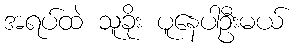
အရပ်ထဲ သူခိုး ပူနေပါဦးမယ်